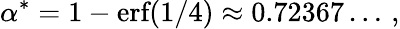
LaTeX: \alpha^{*}=1-\textrm{erf}(1/4)\approx 0.72367\dots\, ,